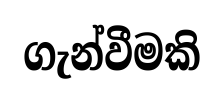
ගැන්වීමකි